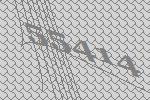
55414